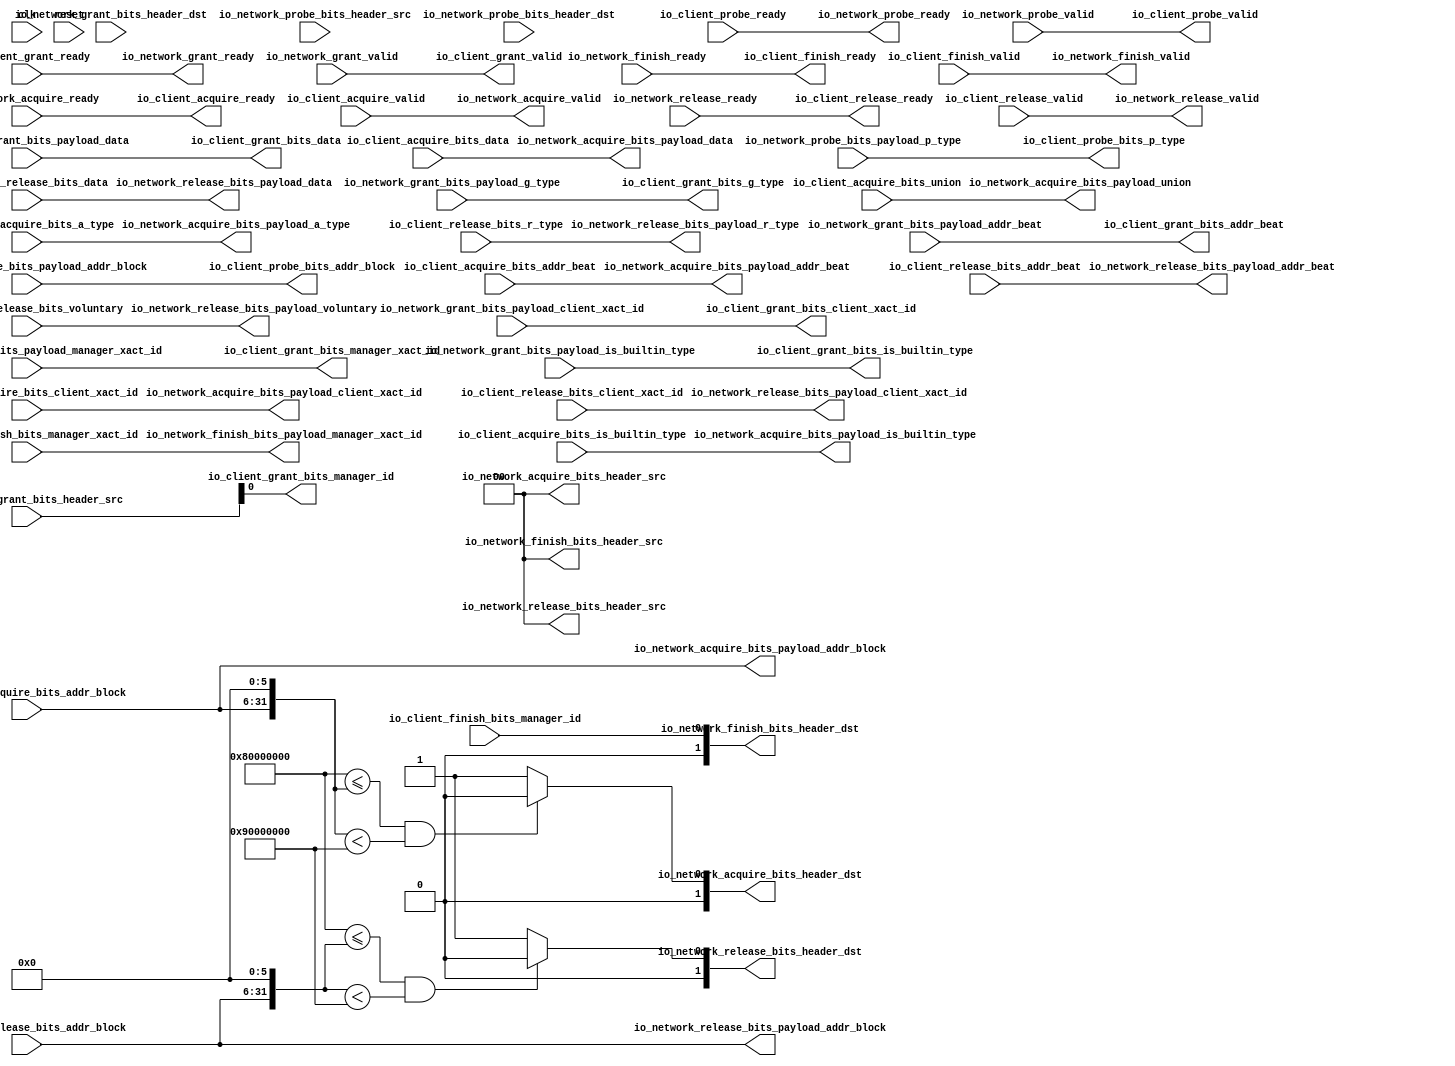
module ClientTileLinkNetworkPort(
  input   clk,
  input   reset,
  output  io_client_acquire_ready,
  input   io_client_acquire_valid,
  input  [25:0] io_client_acquire_bits_addr_block,
  input   io_client_acquire_bits_client_xact_id,
  input  [2:0] io_client_acquire_bits_addr_beat,
  input   io_client_acquire_bits_is_builtin_type,
  input  [2:0] io_client_acquire_bits_a_type,
  input  [11:0] io_client_acquire_bits_union,
  input  [63:0] io_client_acquire_bits_data,
  input   io_client_probe_ready,
  output  io_client_probe_valid,
  output [25:0] io_client_probe_bits_addr_block,
  output [1:0] io_client_probe_bits_p_type,
  output  io_client_release_ready,
  input   io_client_release_valid,
  input  [2:0] io_client_release_bits_addr_beat,
  input  [25:0] io_client_release_bits_addr_block,
  input   io_client_release_bits_client_xact_id,
  input   io_client_release_bits_voluntary,
  input  [2:0] io_client_release_bits_r_type,
  input  [63:0] io_client_release_bits_data,
  input   io_client_grant_ready,
  output  io_client_grant_valid,
  output [2:0] io_client_grant_bits_addr_beat,
  output  io_client_grant_bits_client_xact_id,
  output [1:0] io_client_grant_bits_manager_xact_id,
  output  io_client_grant_bits_is_builtin_type,
  output [3:0] io_client_grant_bits_g_type,
  output [63:0] io_client_grant_bits_data,
  output  io_client_grant_bits_manager_id,
  output  io_client_finish_ready,
  input   io_client_finish_valid,
  input  [1:0] io_client_finish_bits_manager_xact_id,
  input   io_client_finish_bits_manager_id,
  input   io_network_acquire_ready,
  output  io_network_acquire_valid,
  output [1:0] io_network_acquire_bits_header_src,
  output [1:0] io_network_acquire_bits_header_dst,
  output [25:0] io_network_acquire_bits_payload_addr_block,
  output  io_network_acquire_bits_payload_client_xact_id,
  output [2:0] io_network_acquire_bits_payload_addr_beat,
  output  io_network_acquire_bits_payload_is_builtin_type,
  output [2:0] io_network_acquire_bits_payload_a_type,
  output [11:0] io_network_acquire_bits_payload_union,
  output [63:0] io_network_acquire_bits_payload_data,
  output  io_network_grant_ready,
  input   io_network_grant_valid,
  input  [1:0] io_network_grant_bits_header_src,
  input  [1:0] io_network_grant_bits_header_dst,
  input  [2:0] io_network_grant_bits_payload_addr_beat,
  input   io_network_grant_bits_payload_client_xact_id,
  input  [1:0] io_network_grant_bits_payload_manager_xact_id,
  input   io_network_grant_bits_payload_is_builtin_type,
  input  [3:0] io_network_grant_bits_payload_g_type,
  input  [63:0] io_network_grant_bits_payload_data,
  input   io_network_finish_ready,
  output  io_network_finish_valid,
  output [1:0] io_network_finish_bits_header_src,
  output [1:0] io_network_finish_bits_header_dst,
  output [1:0] io_network_finish_bits_payload_manager_xact_id,
  output  io_network_probe_ready,
  input   io_network_probe_valid,
  input  [1:0] io_network_probe_bits_header_src,
  input  [1:0] io_network_probe_bits_header_dst,
  input  [25:0] io_network_probe_bits_payload_addr_block,
  input  [1:0] io_network_probe_bits_payload_p_type,
  input   io_network_release_ready,
  output  io_network_release_valid,
  output [1:0] io_network_release_bits_header_src,
  output [1:0] io_network_release_bits_header_dst,
  output [2:0] io_network_release_bits_payload_addr_beat,
  output [25:0] io_network_release_bits_payload_addr_block,
  output  io_network_release_bits_payload_client_xact_id,
  output  io_network_release_bits_payload_voluntary,
  output [2:0] io_network_release_bits_payload_r_type,
  output [63:0] io_network_release_bits_payload_data
);
  wire  acq_with_header_ready;
  wire  acq_with_header_valid;
  wire [1:0] acq_with_header_bits_header_src;
  wire [1:0] acq_with_header_bits_header_dst;
  wire [25:0] acq_with_header_bits_payload_addr_block;
  wire  acq_with_header_bits_payload_client_xact_id;
  wire [2:0] acq_with_header_bits_payload_addr_beat;
  wire  acq_with_header_bits_payload_is_builtin_type;
  wire [2:0] acq_with_header_bits_payload_a_type;
  wire [11:0] acq_with_header_bits_payload_union;
  wire [63:0] acq_with_header_bits_payload_data;
  wire [31:0] GEN_0;
  wire [31:0] T_3894;
  wire  T_3896;
  wire  T_3898;
  wire  T_3899;
  wire  T_3902;
  wire  rel_with_header_ready;
  wire  rel_with_header_valid;
  wire [1:0] rel_with_header_bits_header_src;
  wire [1:0] rel_with_header_bits_header_dst;
  wire [2:0] rel_with_header_bits_payload_addr_beat;
  wire [25:0] rel_with_header_bits_payload_addr_block;
  wire  rel_with_header_bits_payload_client_xact_id;
  wire  rel_with_header_bits_payload_voluntary;
  wire [2:0] rel_with_header_bits_payload_r_type;
  wire [63:0] rel_with_header_bits_payload_data;
  wire [31:0] GEN_1;
  wire [31:0] T_4464;
  wire  T_4466;
  wire  T_4468;
  wire  T_4469;
  wire  T_4472;
  wire  fin_with_header_ready;
  wire  fin_with_header_valid;
  wire [1:0] fin_with_header_bits_header_src;
  wire [1:0] fin_with_header_bits_header_dst;
  wire [1:0] fin_with_header_bits_payload_manager_xact_id;
  wire  fin_with_header_bits_payload_manager_id;
  wire  prb_without_header_ready;
  wire  prb_without_header_valid;
  wire [25:0] prb_without_header_bits_addr_block;
  wire [1:0] prb_without_header_bits_p_type;
  wire  gnt_without_header_ready;
  wire  gnt_without_header_valid;
  wire [2:0] gnt_without_header_bits_addr_beat;
  wire  gnt_without_header_bits_client_xact_id;
  wire [1:0] gnt_without_header_bits_manager_xact_id;
  wire  gnt_without_header_bits_is_builtin_type;
  wire [3:0] gnt_without_header_bits_g_type;
  wire [63:0] gnt_without_header_bits_data;
  assign io_client_acquire_ready = acq_with_header_ready;
  assign io_client_probe_valid = prb_without_header_valid;
  assign io_client_probe_bits_addr_block = prb_without_header_bits_addr_block;
  assign io_client_probe_bits_p_type = prb_without_header_bits_p_type;
  assign io_client_release_ready = rel_with_header_ready;
  assign io_client_grant_valid = gnt_without_header_valid;
  assign io_client_grant_bits_addr_beat = gnt_without_header_bits_addr_beat;
  assign io_client_grant_bits_client_xact_id = gnt_without_header_bits_client_xact_id;
  assign io_client_grant_bits_manager_xact_id = gnt_without_header_bits_manager_xact_id;
  assign io_client_grant_bits_is_builtin_type = gnt_without_header_bits_is_builtin_type;
  assign io_client_grant_bits_g_type = gnt_without_header_bits_g_type;
  assign io_client_grant_bits_data = gnt_without_header_bits_data;
  assign io_client_grant_bits_manager_id = io_network_grant_bits_header_src[0];
  assign io_client_finish_ready = fin_with_header_ready;
  assign io_network_acquire_valid = acq_with_header_valid;
  assign io_network_acquire_bits_header_src = acq_with_header_bits_header_src;
  assign io_network_acquire_bits_header_dst = acq_with_header_bits_header_dst;
  assign io_network_acquire_bits_payload_addr_block = acq_with_header_bits_payload_addr_block;
  assign io_network_acquire_bits_payload_client_xact_id = acq_with_header_bits_payload_client_xact_id;
  assign io_network_acquire_bits_payload_addr_beat = acq_with_header_bits_payload_addr_beat;
  assign io_network_acquire_bits_payload_is_builtin_type = acq_with_header_bits_payload_is_builtin_type;
  assign io_network_acquire_bits_payload_a_type = acq_with_header_bits_payload_a_type;
  assign io_network_acquire_bits_payload_union = acq_with_header_bits_payload_union;
  assign io_network_acquire_bits_payload_data = acq_with_header_bits_payload_data;
  assign io_network_grant_ready = gnt_without_header_ready;
  assign io_network_finish_valid = fin_with_header_valid;
  assign io_network_finish_bits_header_src = fin_with_header_bits_header_src;
  assign io_network_finish_bits_header_dst = fin_with_header_bits_header_dst;
  assign io_network_finish_bits_payload_manager_xact_id = fin_with_header_bits_payload_manager_xact_id;
  assign io_network_probe_ready = prb_without_header_ready;
  assign io_network_release_valid = rel_with_header_valid;
  assign io_network_release_bits_header_src = rel_with_header_bits_header_src;
  assign io_network_release_bits_header_dst = rel_with_header_bits_header_dst;
  assign io_network_release_bits_payload_addr_beat = rel_with_header_bits_payload_addr_beat;
  assign io_network_release_bits_payload_addr_block = rel_with_header_bits_payload_addr_block;
  assign io_network_release_bits_payload_client_xact_id = rel_with_header_bits_payload_client_xact_id;
  assign io_network_release_bits_payload_voluntary = rel_with_header_bits_payload_voluntary;
  assign io_network_release_bits_payload_r_type = rel_with_header_bits_payload_r_type;
  assign io_network_release_bits_payload_data = rel_with_header_bits_payload_data;
  assign acq_with_header_ready = io_network_acquire_ready;
  assign acq_with_header_valid = io_client_acquire_valid;
  assign acq_with_header_bits_header_src = 2'h0;
  assign acq_with_header_bits_header_dst = {{1'd0}, T_3902};
  assign acq_with_header_bits_payload_addr_block = io_client_acquire_bits_addr_block;
  assign acq_with_header_bits_payload_client_xact_id = io_client_acquire_bits_client_xact_id;
  assign acq_with_header_bits_payload_addr_beat = io_client_acquire_bits_addr_beat;
  assign acq_with_header_bits_payload_is_builtin_type = io_client_acquire_bits_is_builtin_type;
  assign acq_with_header_bits_payload_a_type = io_client_acquire_bits_a_type;
  assign acq_with_header_bits_payload_union = io_client_acquire_bits_union;
  assign acq_with_header_bits_payload_data = io_client_acquire_bits_data;
  assign GEN_0 = {{6'd0}, io_client_acquire_bits_addr_block};
  assign T_3894 = GEN_0 << 6;
  assign T_3896 = 32'h80000000 <= T_3894;
  assign T_3898 = T_3894 < 32'h90000000;
  assign T_3899 = T_3896 & T_3898;
  assign T_3902 = T_3899 ? 1'h0 : 1'h1;
  assign rel_with_header_ready = io_network_release_ready;
  assign rel_with_header_valid = io_client_release_valid;
  assign rel_with_header_bits_header_src = 2'h0;
  assign rel_with_header_bits_header_dst = {{1'd0}, T_4472};
  assign rel_with_header_bits_payload_addr_beat = io_client_release_bits_addr_beat;
  assign rel_with_header_bits_payload_addr_block = io_client_release_bits_addr_block;
  assign rel_with_header_bits_payload_client_xact_id = io_client_release_bits_client_xact_id;
  assign rel_with_header_bits_payload_voluntary = io_client_release_bits_voluntary;
  assign rel_with_header_bits_payload_r_type = io_client_release_bits_r_type;
  assign rel_with_header_bits_payload_data = io_client_release_bits_data;
  assign GEN_1 = {{6'd0}, io_client_release_bits_addr_block};
  assign T_4464 = GEN_1 << 6;
  assign T_4466 = 32'h80000000 <= T_4464;
  assign T_4468 = T_4464 < 32'h90000000;
  assign T_4469 = T_4466 & T_4468;
  assign T_4472 = T_4469 ? 1'h0 : 1'h1;
  assign fin_with_header_ready = io_network_finish_ready;
  assign fin_with_header_valid = io_client_finish_valid;
  assign fin_with_header_bits_header_src = 2'h0;
  assign fin_with_header_bits_header_dst = {{1'd0}, io_client_finish_bits_manager_id};
  assign fin_with_header_bits_payload_manager_xact_id = io_client_finish_bits_manager_xact_id;
  assign fin_with_header_bits_payload_manager_id = io_client_finish_bits_manager_id;
  assign prb_without_header_ready = io_client_probe_ready;
  assign prb_without_header_valid = io_network_probe_valid;
  assign prb_without_header_bits_addr_block = io_network_probe_bits_payload_addr_block;
  assign prb_without_header_bits_p_type = io_network_probe_bits_payload_p_type;
  assign gnt_without_header_ready = io_client_grant_ready;
  assign gnt_without_header_valid = io_network_grant_valid;
  assign gnt_without_header_bits_addr_beat = io_network_grant_bits_payload_addr_beat;
  assign gnt_without_header_bits_client_xact_id = io_network_grant_bits_payload_client_xact_id;
  assign gnt_without_header_bits_manager_xact_id = io_network_grant_bits_payload_manager_xact_id;
  assign gnt_without_header_bits_is_builtin_type = io_network_grant_bits_payload_is_builtin_type;
  assign gnt_without_header_bits_g_type = io_network_grant_bits_payload_g_type;
  assign gnt_without_header_bits_data = io_network_grant_bits_payload_data;
endmodule